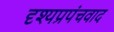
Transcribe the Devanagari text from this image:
दृश्यप्रपंचवाद